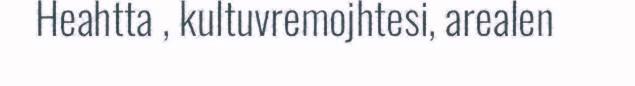
Heahtta , kultuvremojhtesi, arealen